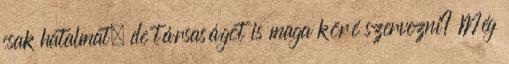
csak hatalmat, de társaságot is maga köré szervezni? Még